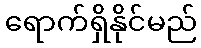
ရောက်ရှိနိုင်မည်